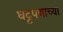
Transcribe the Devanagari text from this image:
घट्टपणाच्या